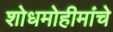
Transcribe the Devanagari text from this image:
शोधमोहीमांचे